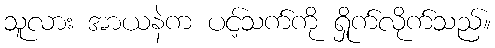
သူလား အာယနဲက ပင့်သက်ကို ရှိုက်လိုက်သည်။